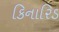
કિનારિડ